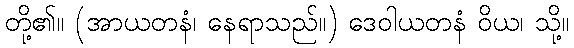
တို့၏။ (အာယတနံ၊ နေရာသည်။) ဒေဝါယတနံ ဝိယ၊ သို့။